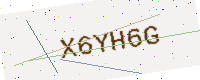
Text: X6YH6G